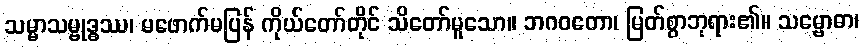
သမ္မာသမ္ဗုဒ္ဓဿ၊ မဖောက်မပြန် ကိုယ်တော်တိုင် သိတော်မူသော။ ဘဂဝတော၊ မြတ်စွာဘုရား၏။ သမ္ဗောဓာ၊